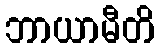
ဘာယာမီတိ